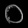
Digit: ၀